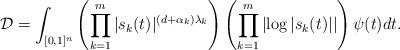
LaTeX: \begin{align*}{\mathcal D}=\int_{[0,1]^n}\left(\prod_{k=1}^m|s_k(t)|^{(d+\alpha_k)\lambda_k}\right)\left(\prod_{k=1}^m\left|\log|s_k(t)|\right|\right)\psi(t)dt.\end{align*}